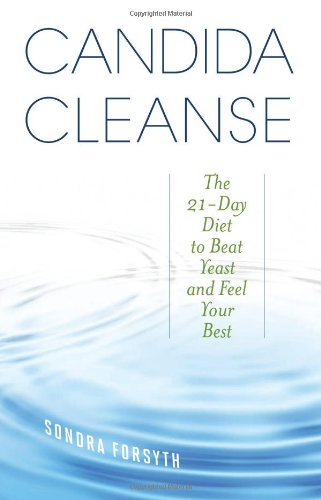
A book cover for Candida Cleanse: The 21-Day Diet to Beat Yeast and Feel Your Best; Sondra Forsyth; Health, Fitness & Dieting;